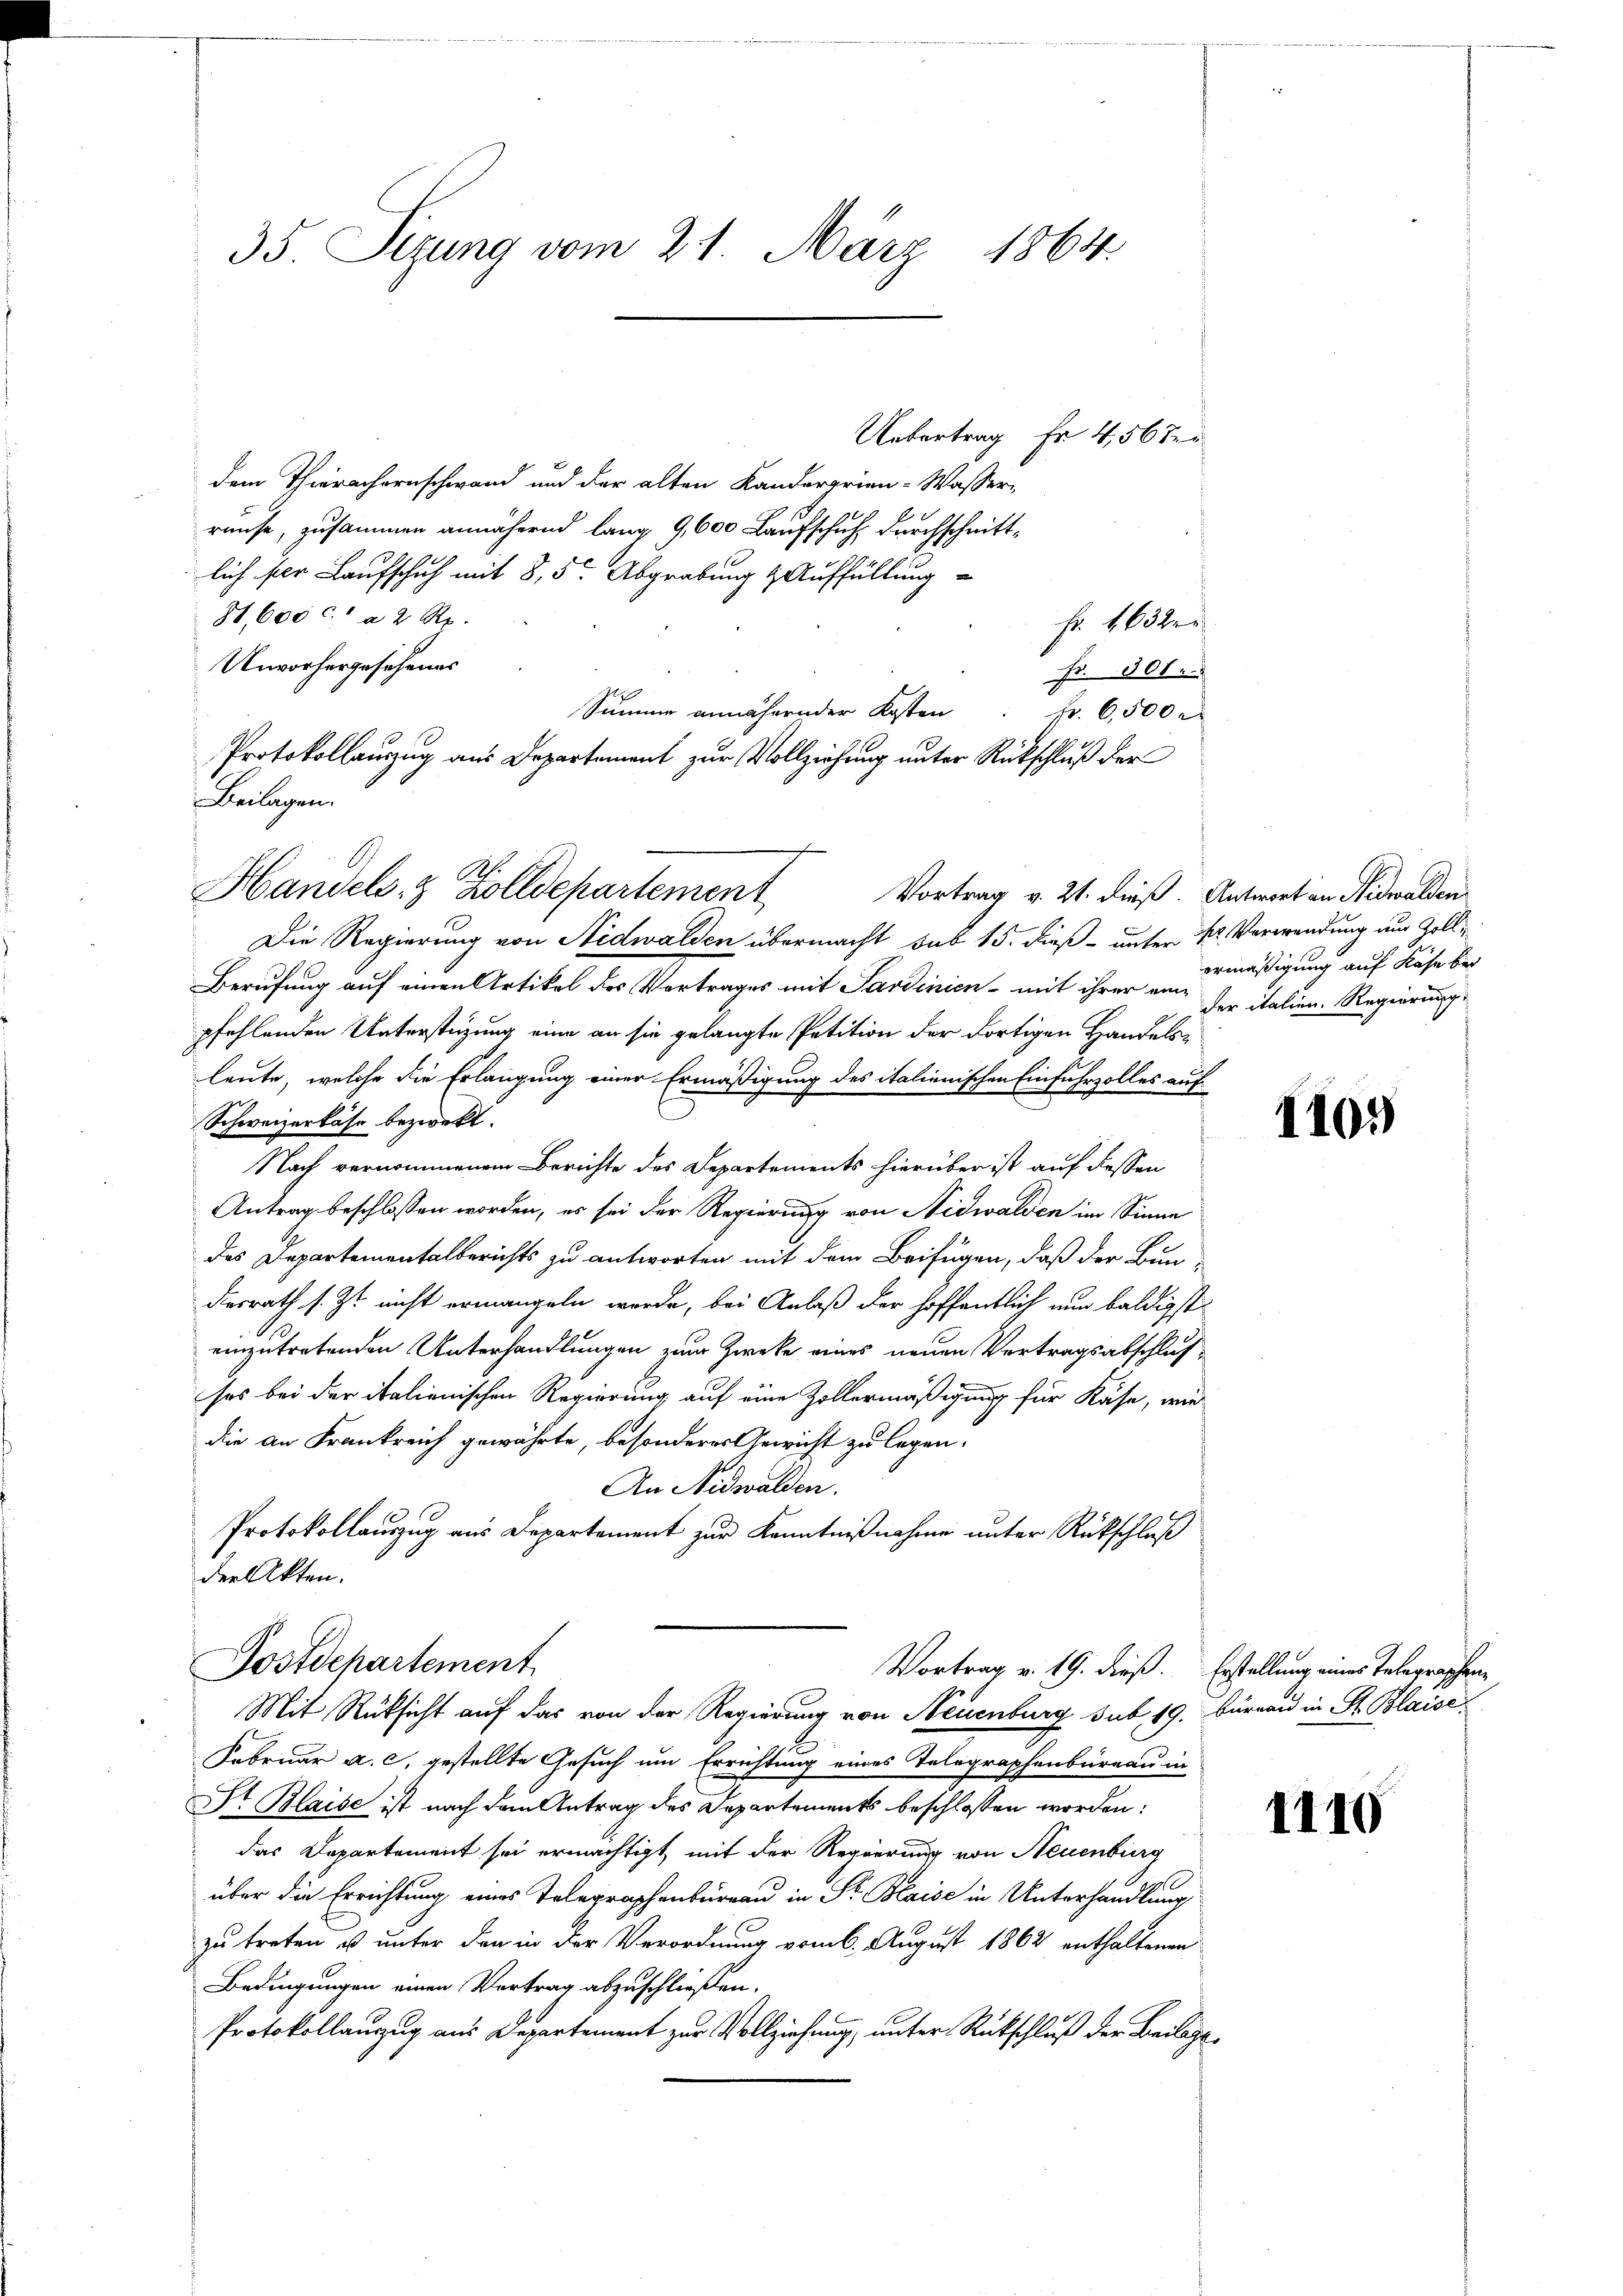
35. Sizung vom 21. März 1864.

Uebertrag Fr. 456 der
dem Therachernschwand und der alten Kanderarien-Wasser-
ränse, zusammen annähernd lang 9,600 Laufschuh, durchschnitt-
lich der Laufschuh mit 8, 5. Abgrabung & Auffüllung
81,600 c. a 2 Rp.
Unvorhergesehenes
Summe annähernder Kosten Fr. 6,500 r
Protokollanzug aus Departement zur Vollziehung unter Rückschluß der
Vortrag v. 21. dieß. Antwort an Nidwalden
Die Regierung von Nidwalden übermacht sub 15. dieß unter kr. Verwendung aus Zoll¬
Berufung auf einen Artikel des Vortrages mit Sardinien - mit ihrer eine
pfehlenden Unterstüzung eine an sie gelangte Petition der dortigen Handelsleute, welche die Erlangung einer Ermäßigung des italienischen Einfuhrzolles auf¬
Schweizerkäse bezweckt.
Nach vernommenem Berichte des Departements hierüber ist auf dessen
Antrag beschlossen worden, es sei der Regierung von Nidwalden im Sinne
das Departementalberichts zu antworten mit dem Beifügen, daß der Bun-
desrath s. Zt. nicht ermangeln werde, bei Anlaß der hoffentlich nun baldigst
einzutretenden Unterhandlungen zum Zwecke eines neuen Vertragsabschlusses bei der italienischen Regierung auf eine Zöllermäßigung für Käse, wie
die an Frankreich gewährte, besonderes Gewicht zu legen.
An Nidwalden.
Protokollauszug aus Departement zur Kenntnißnahme unter Rückschluß
der Akten.
Postdepartement
Vortrag v. 19. dieß. Erstellung eines Telegraphen
Mit Rücksicht auf das von der Regierung von Neuenburg sub 19. Büreau in St. Blaise
Februar a. c. gestellte Gesuch um Errichtung eines Telegraphenbüreau in
Dr Blaise ist nach dem Antrag des Departements beschlossen worden:
das Departement sei ermächtigt, mit der Regierung von Neuenburg
über die Errichtung eines Telegraphenbureau in Sr. Blaise in Unterhandlung
zu treten u unter den in der Verordnung vom 6. August 1862 enthaltenen
Bedingungen einen Vertrag abzuschließen.
Protokollanzug aus Departement zur Vollziehung, unter Rückschluß der Beilag

Beilagen.

Handels- & Zolldepartement

Fr. 1632 er
Fr. 301.

ermäßigung auf Röse bei
der italien. Regierung.

1105

4110